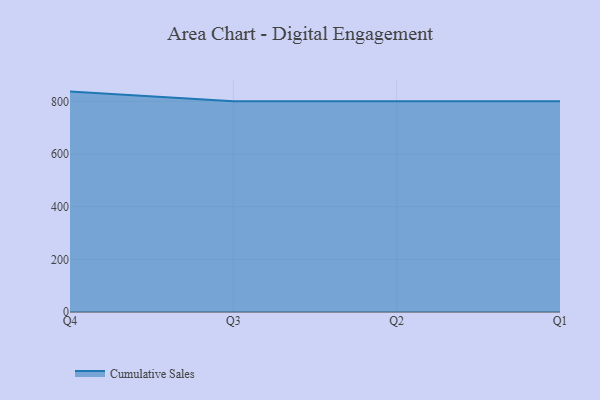
{"axis": {"x": "Quarter", "y": "Humidity (%)"}, "legend": ["Cumulative Sales"], "data": [{"x": "Q4", "y": 837.0, "type": "Cumulative Sales"}, {"x": "Q3", "y": 800, "type": "Cumulative Sales"}, {"x": "Q2", "y": 800, "type": "Cumulative Sales"}, {"x": "Q1", "y": 800, "type": "Cumulative Sales"}]}